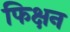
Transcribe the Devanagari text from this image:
फिक्षन